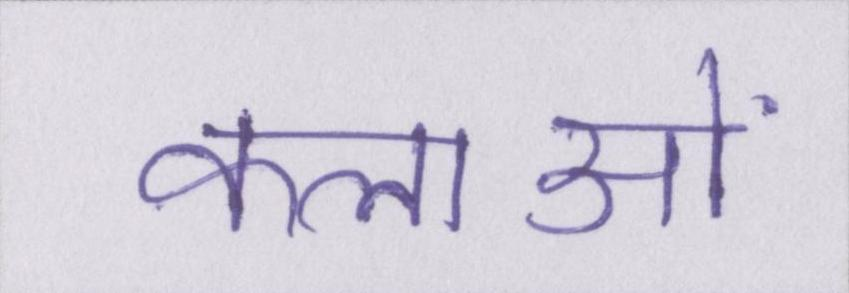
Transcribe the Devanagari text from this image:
कलाओं